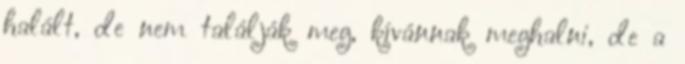
halált, de nem találják meg, kívánnak meghalni, de a